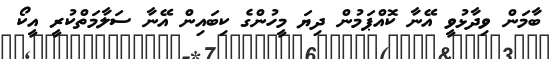
ބާމަން ވިދާޅުވީ އޭނާ ކޮއްޕަމުން ދިޔަ މީހުންގެ ކިބައިން އޭނާ ސަލާމަތްކުރީ އީކޯ